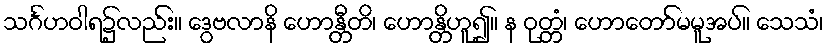
သင်္ဂဟဝါရ၌လည်း။ ဒွေဗလာနိ ဟောန္တီတိ၊ ဟောန္တိဟူ၍။ န ဝုတ္တံ၊ ဟောတော်မမူအပ်။ သေသံ၊